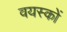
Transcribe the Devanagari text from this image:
वयस्‍कों